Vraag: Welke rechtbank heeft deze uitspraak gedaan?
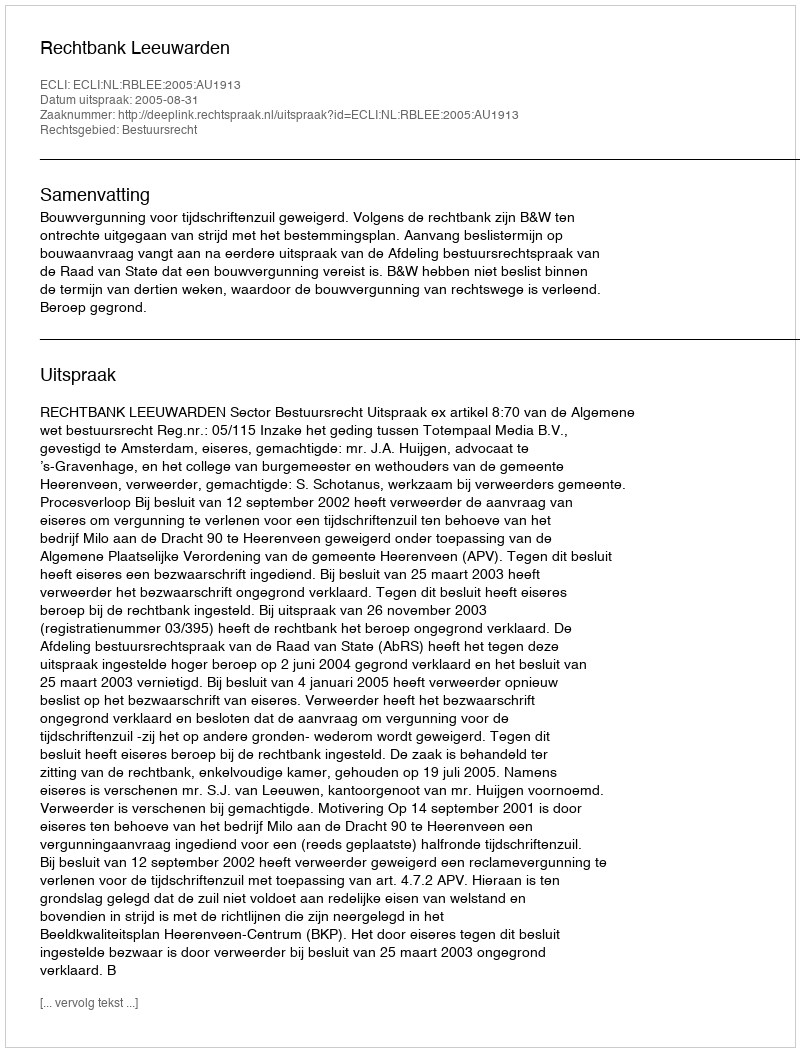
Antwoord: Rechtbank Leeuwarden